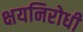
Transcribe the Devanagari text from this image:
क्षयनिरोधी